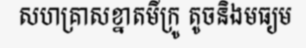
សហគ្រាសខ្នាតមីក្រូ តូចនិងមធ្យម